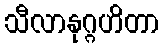
သီလာနုဂ္ဂဟိတာ